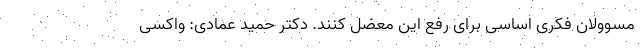
مسوولان فکری اساسی برای رفع این معضل کنند. دکتر حمید عمادی: واکسی